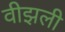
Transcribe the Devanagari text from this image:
वीझली